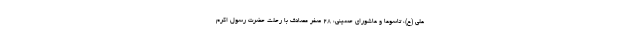
علی (ع)، تاسوعا و عاشورای حسینی، ۲۸ صفر مصادف با رحلت حضرت رسول اکرم